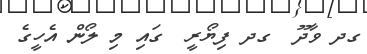
ގދ ވާދޫ  ގދ ފިޔޯރީ  ގައި މި ލޯން އެހީގެ